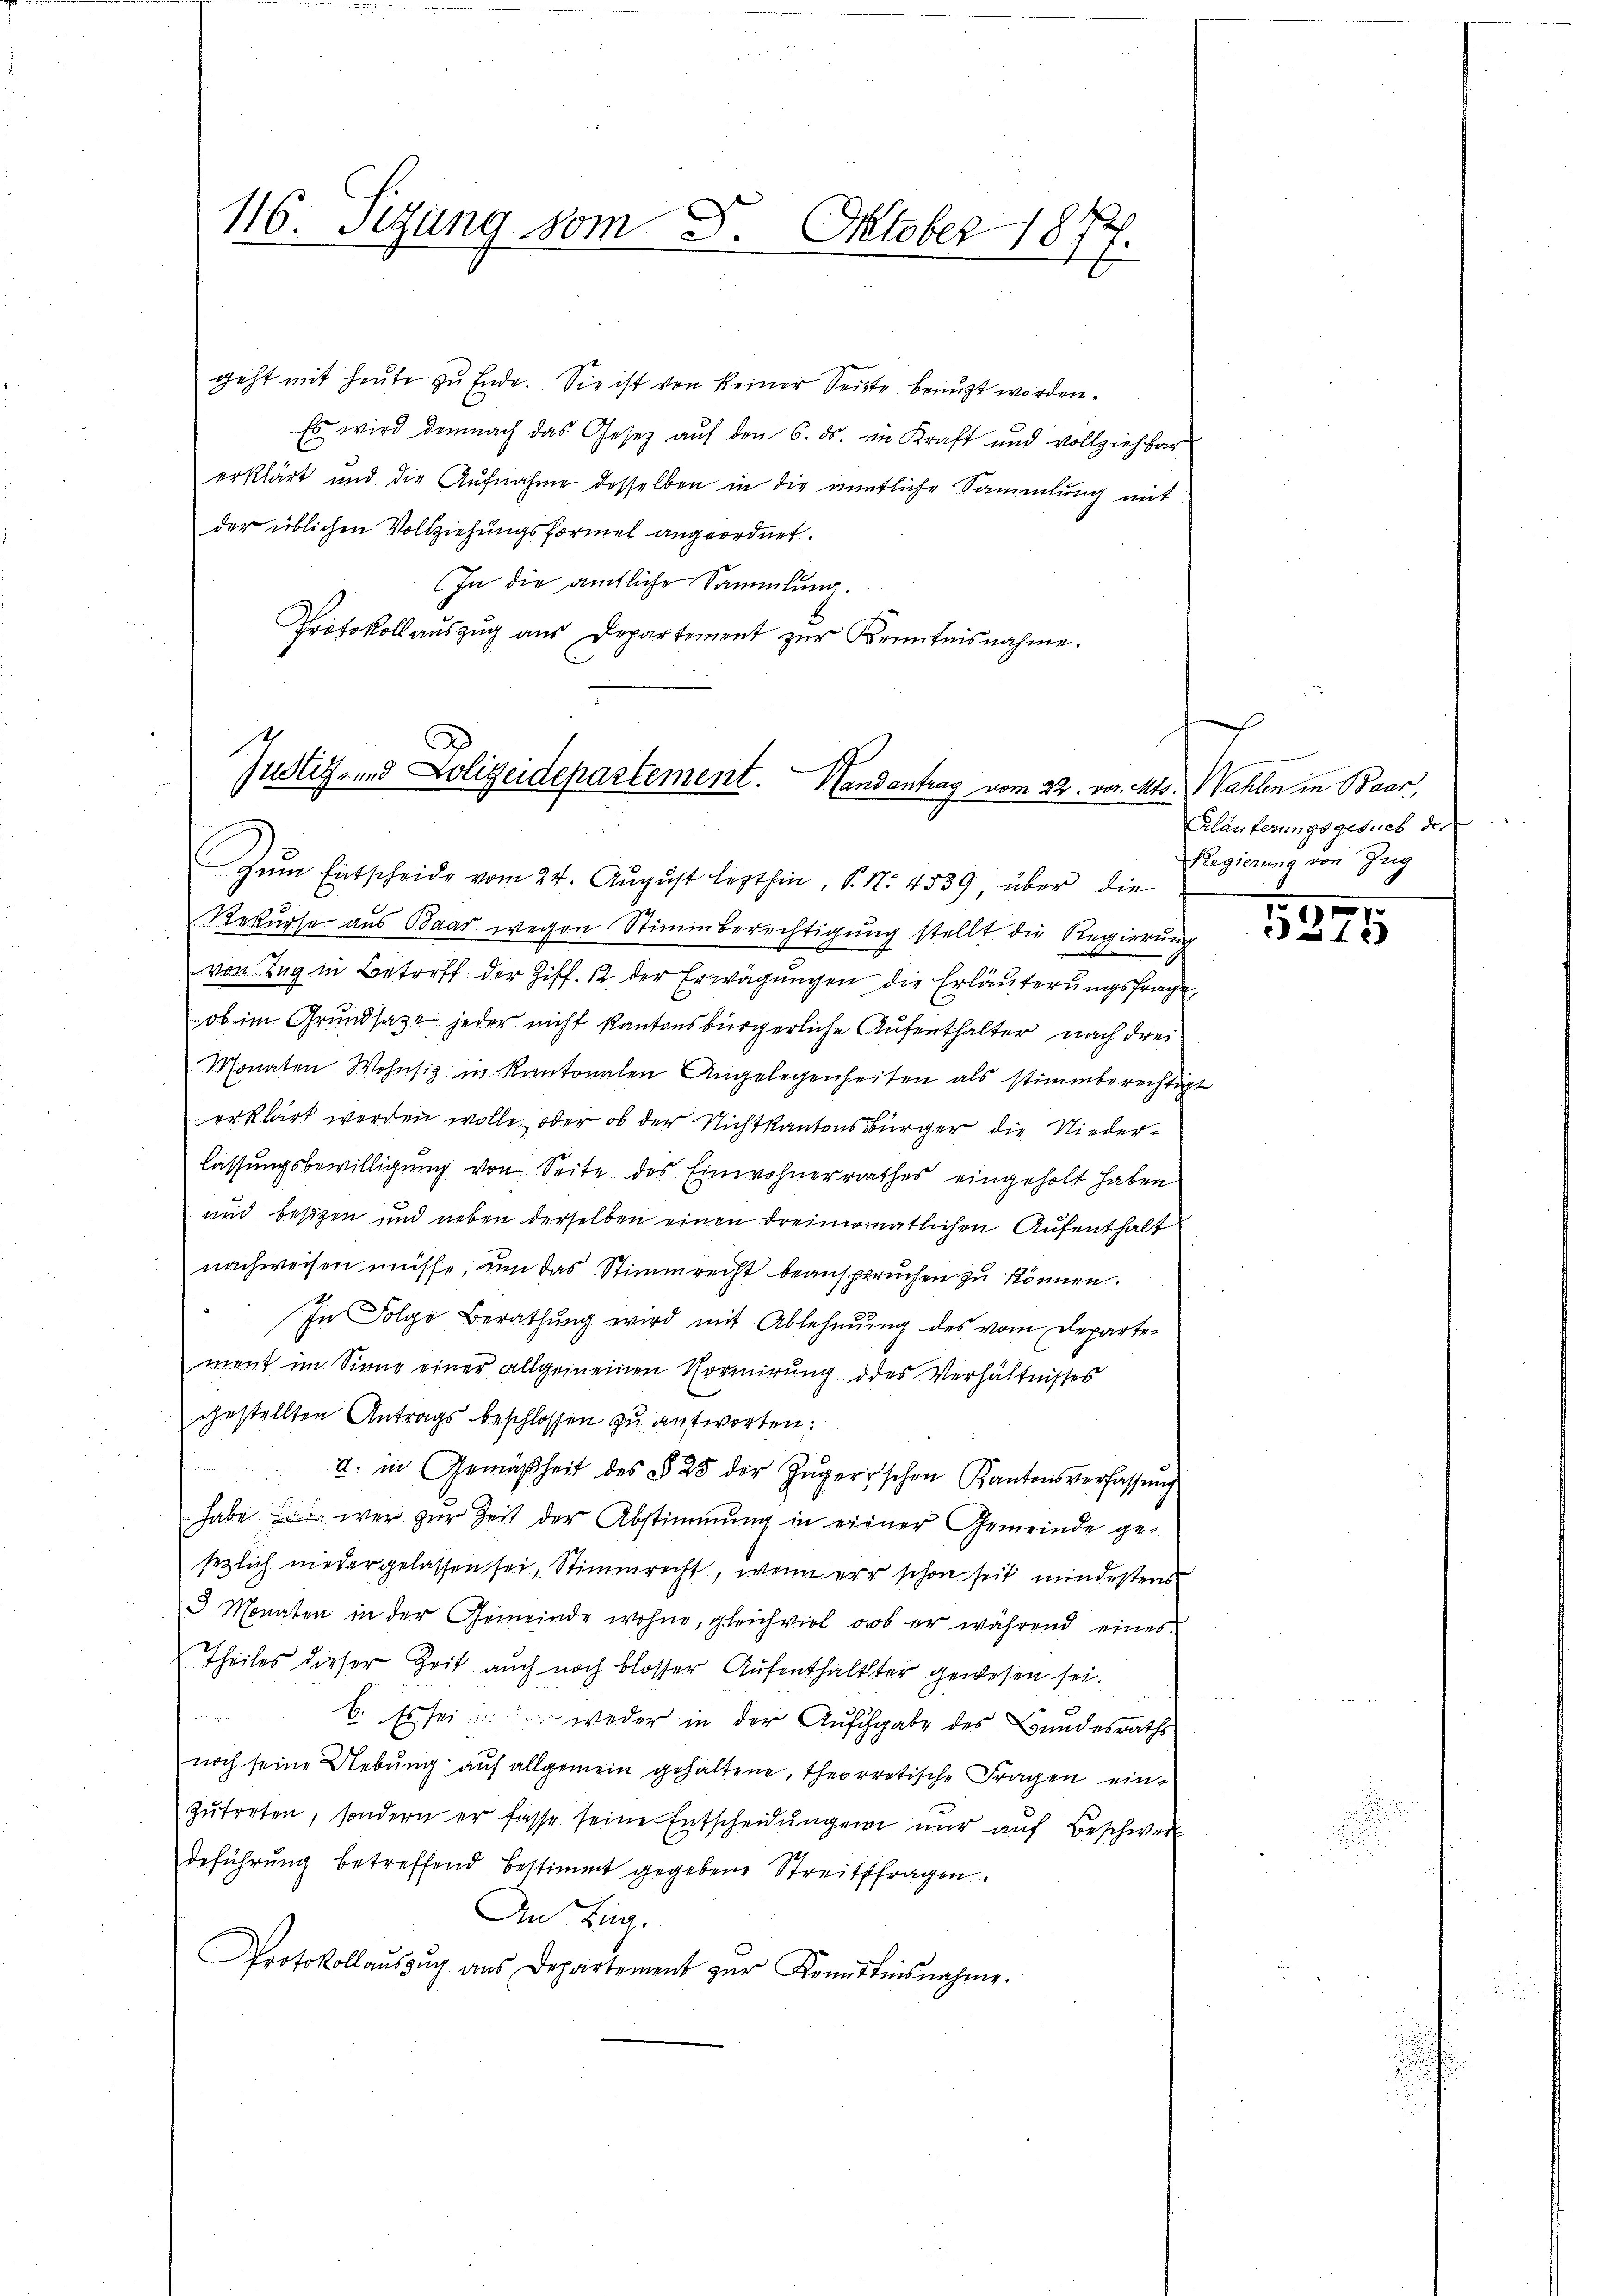
116. Segung vom 8. Oktober 1877.

geht mit heute zu Ende. Sie ist von keiner Seite benutzt worden.
Es wird demnach das Gesetz auf den 6. ds. ein Kraft und vollziehbar
erklärt und die Aufnahme desselben in die amtliche Sammlung mit
der üblichen Vollziehungsformel angeordnet.
In die ämtliche Sammlung.
Protokoll auszug aus Departement zur Kenntnisnahme.

Justiz- und Polizeidepartement. Handantrag vom 22. vor. Mts. Wahlen in Baar,

Rekurse aus Baar wegen Stimmberechtigung stellt die Regierŭng
von Zug in Betreff der Ziff. 12. der Erwägungen die Erläuterungsfrage,
ob im Grundsazt jeder nicht kantonsbürgerliche Aufenthalter nach drei
Monaten Wohnsiz in Kantonalen Angelegenheiten als stimmberechtigt
erklärt werden wolle, oder ob der Nichtkantonsbürger die Nieder-
lassungsbewilligung von Seite des Einwohnerrathes eingeholt haben
und besizen und neben derselben einen dreimonatlichen Aufenthalt
nachweisen müsse, um das Stimmrecht beanspruchen zu können.
In Folge Berathung wird mit Ablehnung des vom Departement im Sinne einer allgemeinen Vormirung des Verhältnisses
gestellten Antrags beschlossen zu antworten:
a. in Gemäßheit des § 25 der Zŭger'schen Kantonsverfassŭng
habe es wer zur Zeit der Abstimmung in einer Gemeinde gesezlich niedergelassen sei, Stimmrecht, wenn er schon seit mindestens
3 Monaten in der Gemeinde wohne, gleichviel ob er während eines
Theiles dieser Zeit auch noch blosser Aufenthaltster gewesen sei.
6. Es sei u. weder in der Aufgabe des Bundesraths
noch seine Uebung auf allgemein gehaltene, theorretische Fragen einzŭtreten, sondern er fasse seine Entscheidŭngen nŭr aŭf Beschwer
deführung betreffend bestimmt gegebene Streitsfragen.
An Ling.
Protokollaŭszŭg ans Departement zŭr Kenntnisnahme.

Zŭm Entscheide vom 24. Aŭgŭst lezthin, S. Nr. 4539, über die

Kläuterungsgesuch der
Regierung von Zug

1
 42